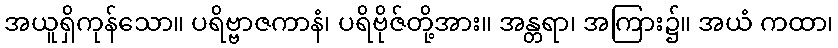
အယူရှိကုန်သော။ ပရိဗ္ဗာဇကာနံ၊ ပရိဗိုဇ်တို့အား။ အန္တရာ၊ အကြား၌။ အယံ ကထာ၊